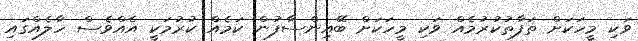
ވަކި މީހަކަށް ތަފާތުކުރުމެއް ވަކި މީހަކަށް ބޭއިންސާފުން ކަމެއް ކުރުމަކީ އެއްވެސް ހާލެއްގައި